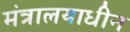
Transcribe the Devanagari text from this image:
मंत्रालयाधीन